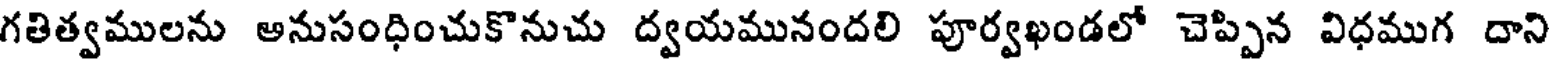
గతిత్వములను అనుసంధించుకొనుచు ద్వయమునందలి పూర్వఖండలో చెప్పిన విధముగ దాని